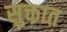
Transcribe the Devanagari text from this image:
सुक्तात